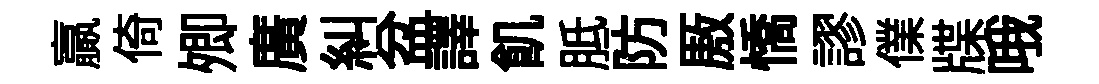
贏倚𡖖廣糾盆譯飢胝防厫憍謬㒒牒哦